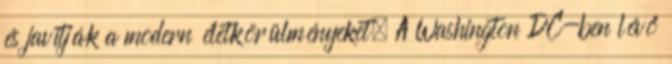
és javítják a modern életkörülményeket. A Washington DC-ben lévő